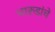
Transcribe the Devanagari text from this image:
भारुडांचे